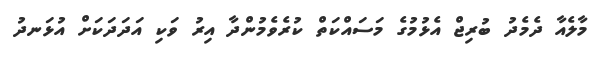
މާލެއާ ދެމެދު ބުރިޖް އެޅުމުގެ މަސައްކަތް ކުރެވެމުންދާ އިރު ވަކި އަދަދަކަށް އުޅަނދު